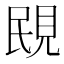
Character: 𧠠